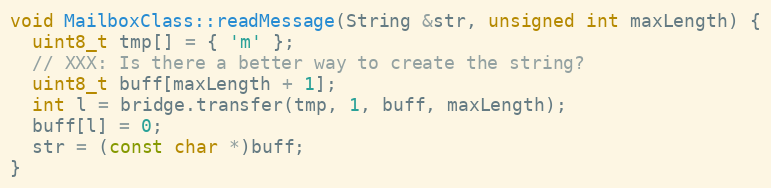
Language: C++
void MailboxClass::readMessage(String &str, unsigned int maxLength) {
  uint8_t tmp[] = { 'm' };
  // XXX: Is there a better way to create the string?
  uint8_t buff[maxLength + 1];
  int l = bridge.transfer(tmp, 1, buff, maxLength);
  buff[l] = 0;
  str = (const char *)buff;
}